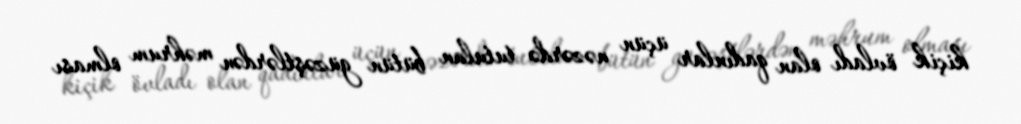
kiçik övladı olan qadınlar üçün nəzərdə tutulan bütün güzəştlərdən məhrum olması